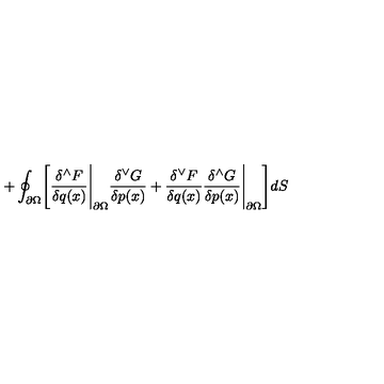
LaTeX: + \oint _ { \partial { \Omega } } \Biggl [ { \frac { \delta ^ { \wedge } F } { \delta q ( x ) } } \Bigg \vert _ { \partial { \Omega } } { \frac { \delta ^ { \vee } G } { \delta p ( x ) } } + { \frac { \delta ^ { \vee } F } { \delta q ( x ) } } { \frac { \delta ^ { \wedge } G } { \delta p ( x ) } } \Bigg \vert _ { \partial { \Omega } } \Biggr ] d S